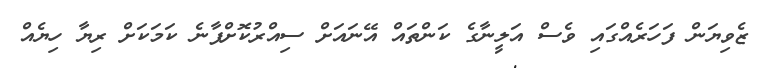
ޒެވިޔަން ފަހަރެއްގައި ވެސް އަލީނާގެ ކަންތައް އޭނައަށް ސިއްރުކޮށްފާނެ ކަމަކަށް ރިޔާ ހިޔެއް